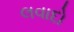
લવાદો